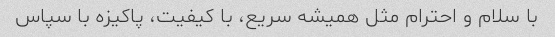
با سلام و احترام مثل همیشه سریع، با کیفیت، پاکیزه با سپاس